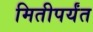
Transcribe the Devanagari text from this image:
मितीपर्यंत